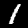
Label: 1